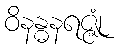
ဝိနန္ဓနရဇ္ဇုံ